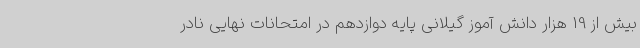
بیش از 19 هزار دانش آموز گیلانی پایه دوازدهم در امتحانات نهایی نادر